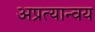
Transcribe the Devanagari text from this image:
अप्रत्यान्वय